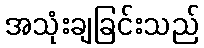
အသုံးချခြင်းသည်